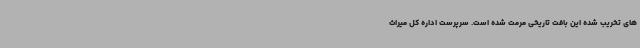
های تخریب شده این بافت تاریخی مرمت شده است. سرپرست اداره کل میراث